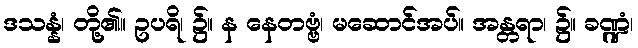
ဒသန္နံ၊ တို့၏။ ဥပရိ၊ ၌။ န နေတဗ္ဗံ၊ မဆောင်အပ်။ အန္တရာ၊ ၌။ ခဏ္ဍံ၊